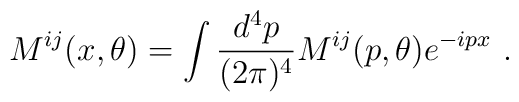
M^{ij}(x,\theta) = \int {{d^4p} \over {(2\pi)^4}} M^{ij}(p,\theta) e^{-ipx}\ .